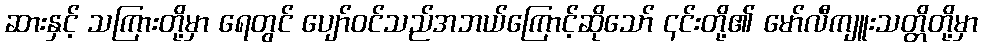
ဆားနှင့် သကြားတို့မှာ ရေတွင် ပျော်ဝင်သည်အဘယ်ကြောင့်ဆိုသော် ၎င်းတို့၏ မော်လီကျူးသတ္တိတို့မှာ